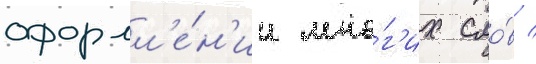
оформл'е́н'ии мно́г'их сло́в /